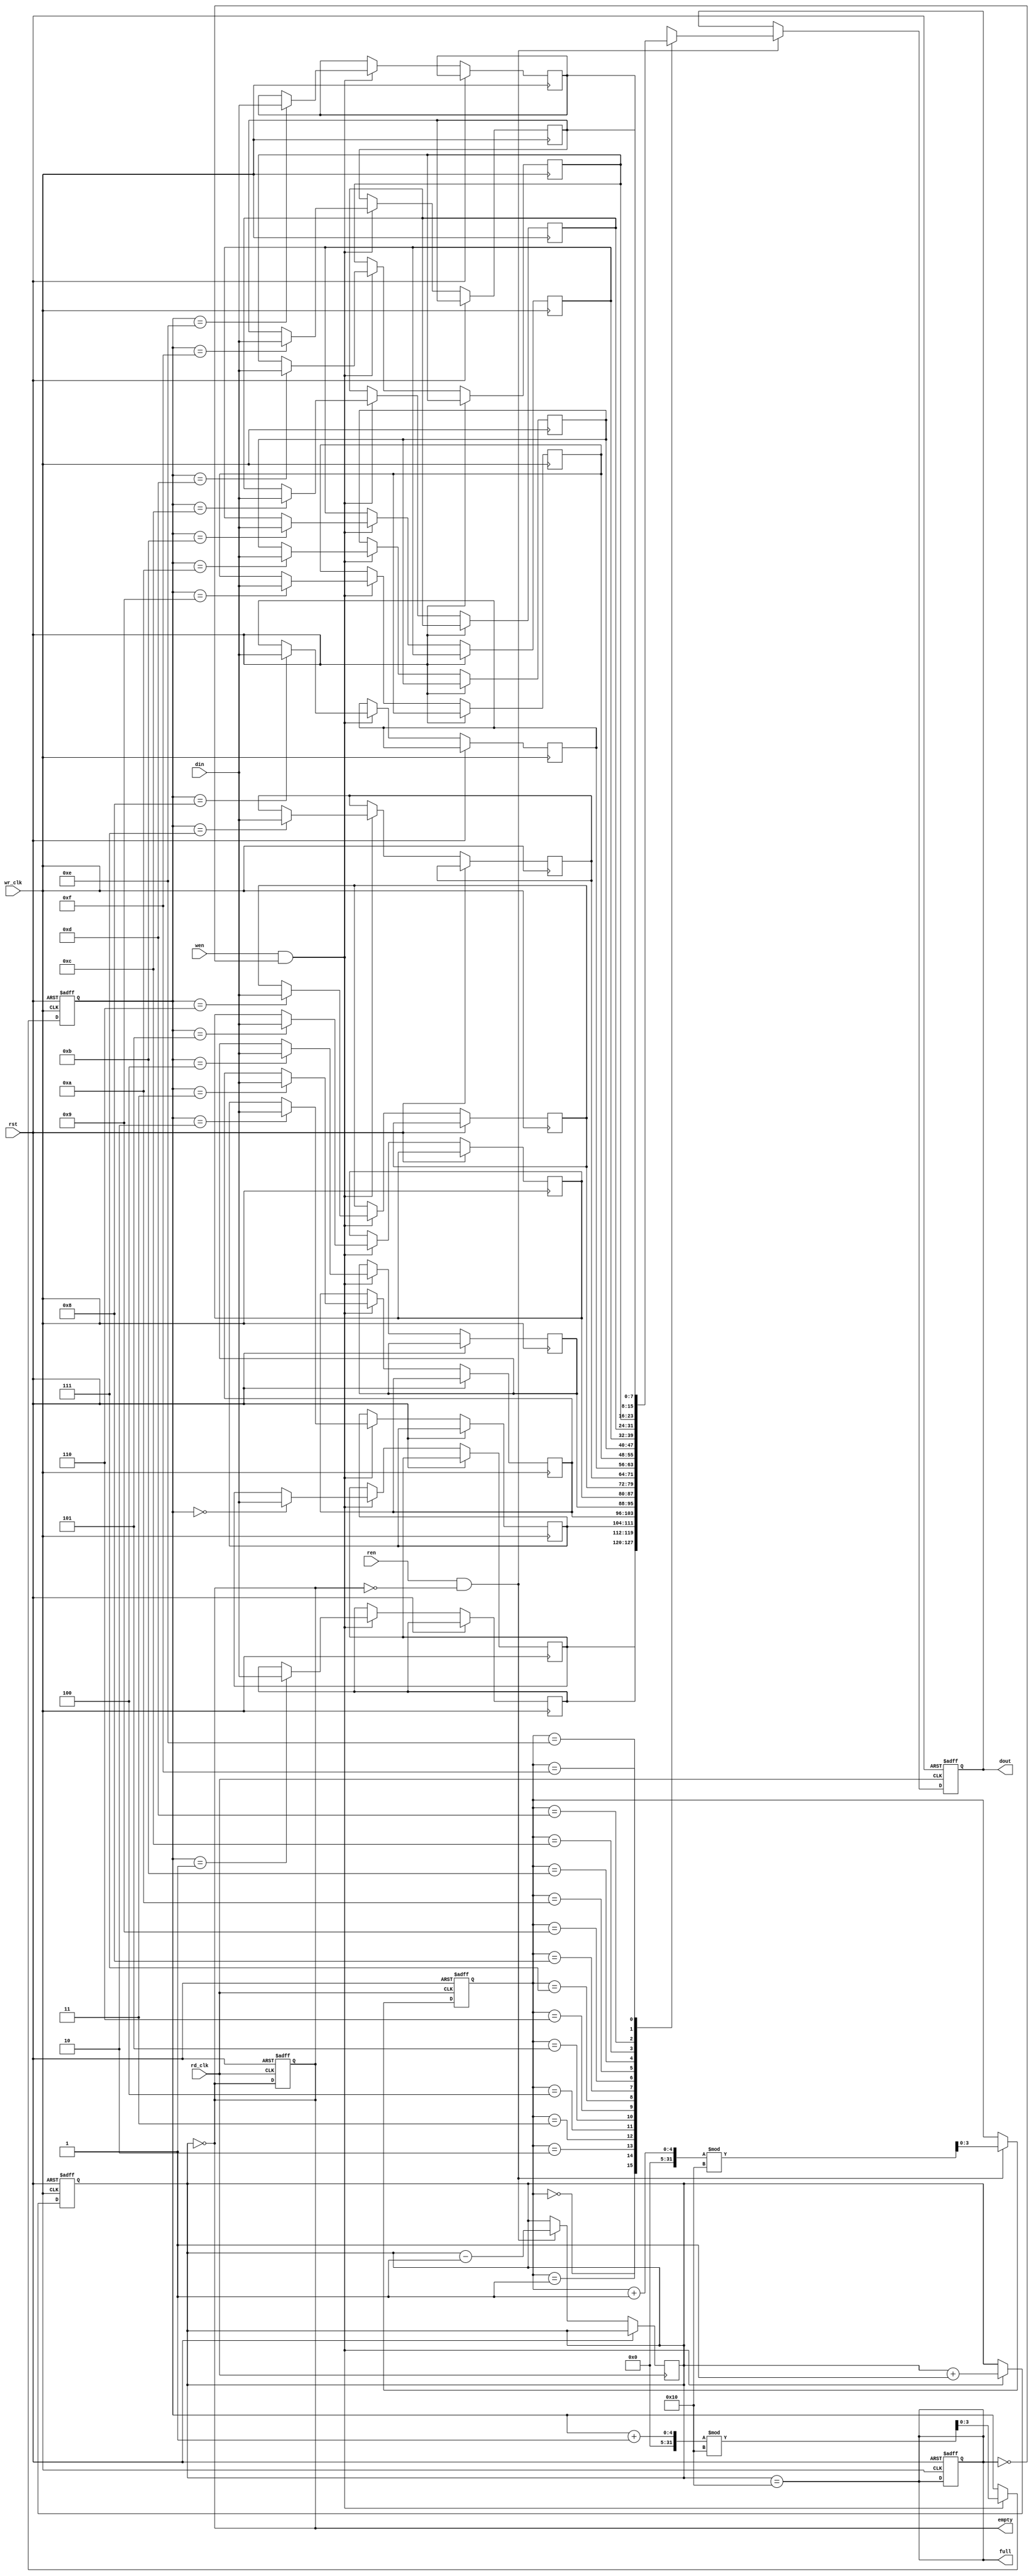
module async_fifo #(
    parameter DATA_WIDTH = 8, // Width of the data bus
    parameter FIFO_DEPTH = 16  // Depth of the FIFO
)(
    input wire wr_clk,             // Write clock
    input wire rd_clk,             // Read clock
    input wire rst,                // Asynchronous reset
    input wire wen,                // Write enable
    input wire ren,                // Read enable
    input wire [DATA_WIDTH-1:0] din, // Data input
    output reg [DATA_WIDTH-1:0] dout, // Data output
    output reg full,              // FIFO full flag
    output reg empty              // FIFO empty flag
);

    // Memory declaration
    reg [DATA_WIDTH-1:0] mem [0:FIFO_DEPTH-1];

    // Pointers
    reg [$clog2(FIFO_DEPTH)-1:0] wr_ptr;
    reg [$clog2(FIFO_DEPTH)-1:0] rd_ptr;
    reg [$clog2(FIFO_DEPTH):0] count; // Count of items in FIFO

    // Synchronization registers
    reg [$clog2(FIFO_DEPTH)-1:0] wr_ptr_sync;
    reg [$clog2(FIFO_DEPTH)-1:0] rd_ptr_sync;

    // Reset logic
    always @(posedge wr_clk or posedge rst) begin
        if (rst) begin
            wr_ptr <= 0;
            count <= 0;
            full <= 0;
        end else if (wen && !full) begin
            mem[wr_ptr] <= din;
            wr_ptr <= (wr_ptr + 1) % FIFO_DEPTH;
            count <= count + 1;
        end
    end

    always @(posedge rd_clk or posedge rst) begin
        if (rst) begin
            rd_ptr <= 0;
            dout <= 0;
            empty <= 1;
        end else if (ren && !empty) begin
            dout <= mem[rd_ptr];
            rd_ptr <= (rd_ptr + 1) % FIFO_DEPTH;
            count <= count - 1;
        end
    end

    // Full and empty flag logic
    always @(*) begin
        full = (count == FIFO_DEPTH);
        empty = (count == 0);
    end

    // Synchronizing the write pointer to the read clock domain
    always @(posedge rd_clk or posedge rst) begin
        if (rst) begin
            wr_ptr_sync <= 0;
        end else begin
            wr_ptr_sync <= wr_ptr;
        end
    end

    // Synchronizing the read pointer to the write clock domain
    always @(posedge wr_clk or posedge rst) begin
        if (rst) begin
            rd_ptr_sync <= 0;
        end else begin
            rd_ptr_sync <= rd_ptr;
        end
    end

endmodule